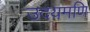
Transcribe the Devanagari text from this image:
उदयमणि